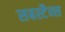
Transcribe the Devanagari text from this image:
सबस्टैन्स